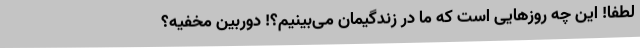
لطفا! این چه روزهایی است که ما در زندگیمان می‌بینیم؟! دوربین مخفیه؟